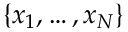
\lbrace x _ { 1 } , \dots , x _ { N } \rbrace